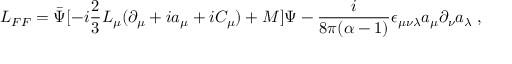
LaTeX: { \cal L } _ { F F } = \bar { \Psi } [ - i \frac { 2 } { 3 } L _ { \mu } ( \partial _ { \mu } + i a _ { \mu } + i C _ { \mu } ) + M ] \Psi - \frac { i } { 8 \pi ( \alpha - 1 ) } \epsilon _ { \mu \nu \lambda } a _ { \mu } \partial _ { \nu } a _ { \lambda } \; ,